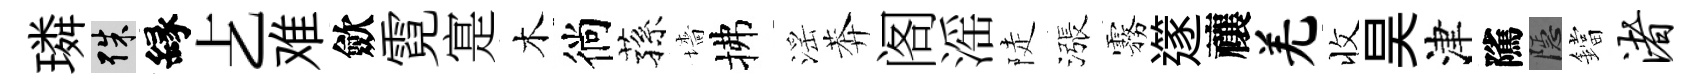
璘殊縁𠧒难歛霓寔木徜蓀墻拂滛莾阁滛陡漲霧𨗹禳羌收昊津隲隱鐺渚